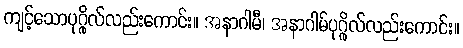
ကျင့်သောပုဂ္ဂိုလ်လည်းကောင်း။ အနာဂါမီ၊ အနာဂါမ်ပုဂ္ဂိုလ်လည်းကောင်း။